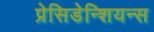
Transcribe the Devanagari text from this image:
प्रेसिडेन्शियन्स